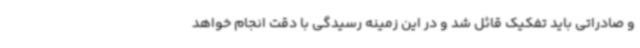
و صادراتی باید تفکیک قائل شد و در این زمینه رسیدگی با دقت انجام خواهد